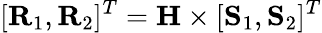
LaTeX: [\textbf{R}_{1},\textbf{R}_{2}]^{T}=\textbf{H}\times[\textbf{S}_{1},\textbf{S}_{2}]^{T}